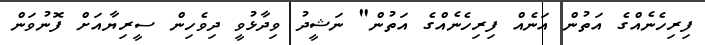
ފިރިހެނެއްގެ އަތުން އަނެއް ފިރިހެނެއްގެ އަތުން" ނަޝީދު ވިދާޅުވީ ދިވެހިން ސީރިޔާއަށް ފޮނުވަން